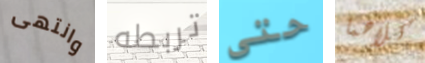
وانتهى تربطه حتى كلاهما